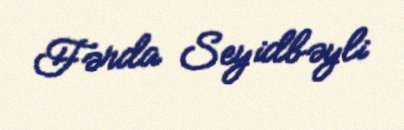
Fərda Seyidbəyli